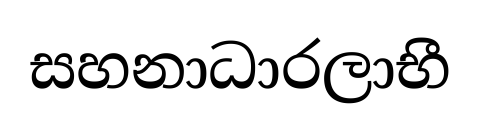
සහනාධාරලාභී